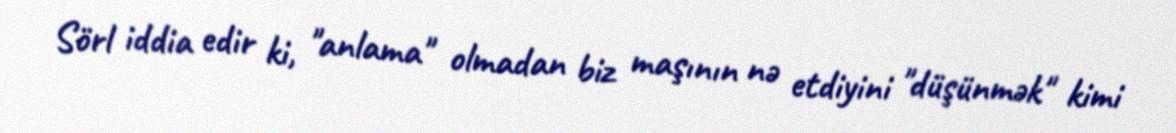
Sörl iddia edir ki, "anlama" olmadan biz maşının nə etdiyini "düşünmək" kimi